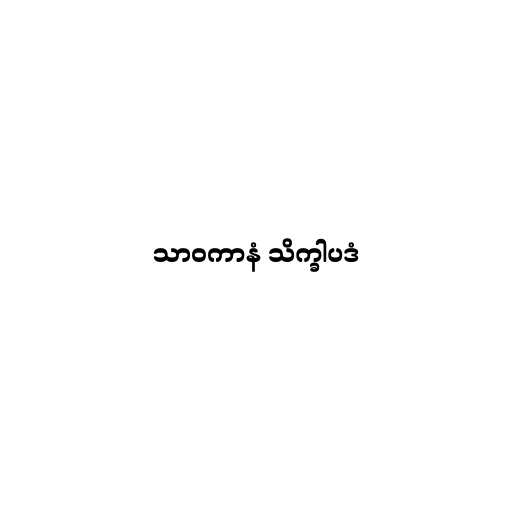
သာဝကာနံ သိက္ခါပဒံ